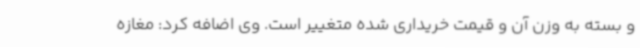
و بسته به وزن آن و قیمت خریداری شده متغییر است. وی اضافه کرد: مغازه